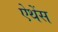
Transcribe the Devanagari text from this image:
ऐथेंस